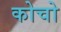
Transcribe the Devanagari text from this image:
कोचो